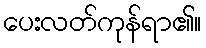
ပေးလတ်ကုန်ရာ၏။